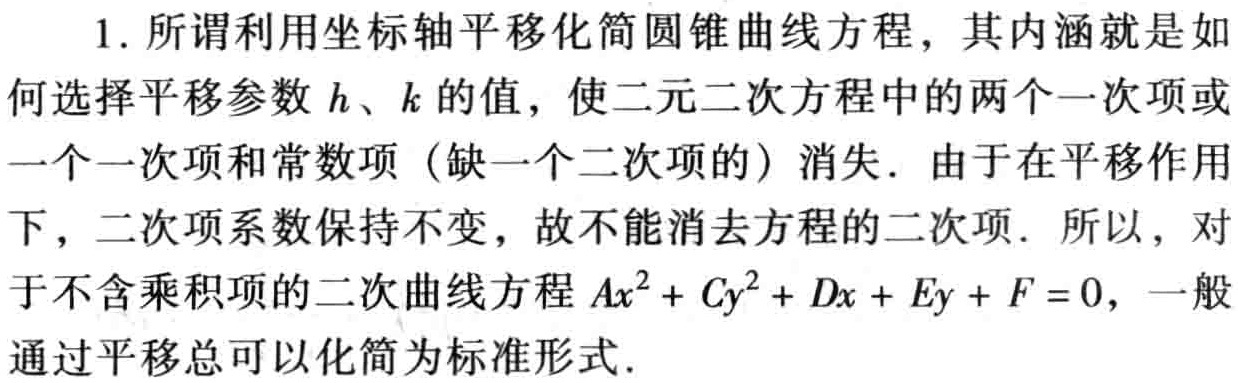
1. 所谓利用坐标轴平移化简圆锥曲线方程，其内涵就是如何选择平移参数\(h\)、\(k\)的值，使二元二次方程中的两个一次项或一个一次项和常数项（缺一个二次项的）消失. 由于在平移作用下，二次项系数保持不变，故不能消去方程的二次项. 所以，对于不含乘积项的二次曲线方程\(Ax^{2}+Cy^{2}+Dx + Ey+F = 0\)，一般通过平移总可以化简为标准形式.